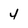
Character: 4